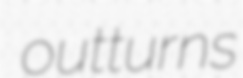
outturns